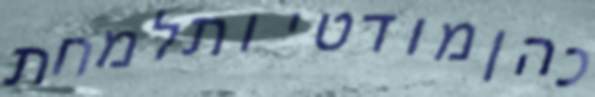
כהןמודטיותלמחת